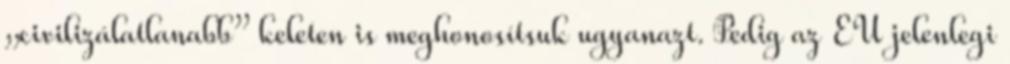
„civilizálatlanabb” keleten is meghonosítsuk ugyanazt. Pedig az EU jelenlegi